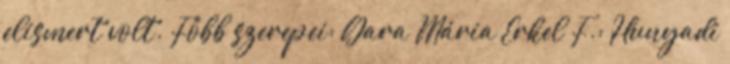
elismert volt. Főbb szerepei: Gara Mária Erkel F.: Hunyadi